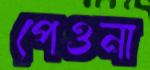
পেওনা